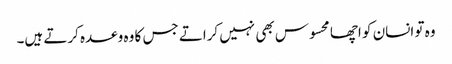
وہ تو انسان کو اچھا محسوس بھی نہیں کراتے جس کا وہ وعدہ کرتے ہیں۔